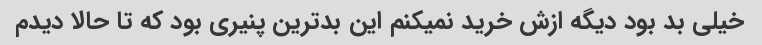
خیلی بد بود دیگه ازش خرید نمیکنم این بدترین پنیری بود که تا حالا دیدم